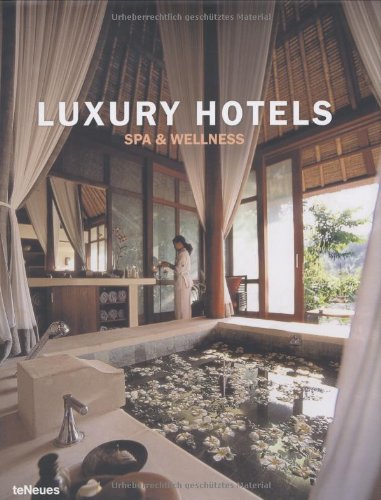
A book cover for Luxury Hotels Spa & Wellness; Travel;